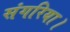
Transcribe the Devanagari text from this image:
संगरिया।